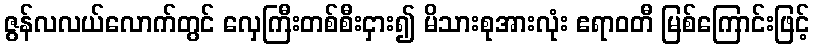
ဇွန်လလယ်လောက်တွင် လှေကြီးတစ်စီးငှား၍ မိသားစုအားလုံး ဧရာဝတီ မြစ်ကြောင်းဖြင့်